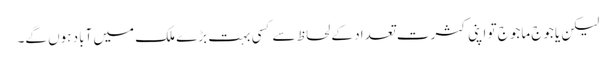
لیکن یاجوج ماجوج تو اپنی کثرت تعداد کے لحاظ سےکسی بہت بڑے ملک میں آباد ہوں گے۔